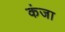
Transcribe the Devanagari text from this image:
कंजा